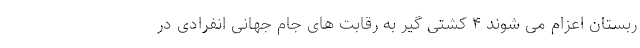
ربستان اعزام می شوند ۴ کشتی گیر به رقابت های جام جهانی انفرادی در